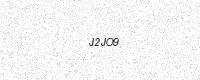
Text: J2JO9